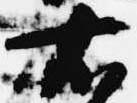
右